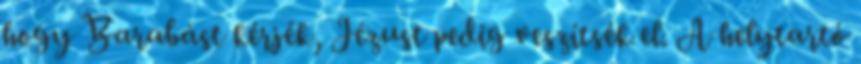
hogy Barabást kérjék, Jézust pedig veszítsék el. A helytartó